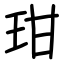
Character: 玵